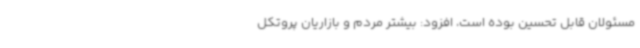
مسئولان قابل تحسین بوده است، افزود: بیشتر مردم و بازاریان پروتکل